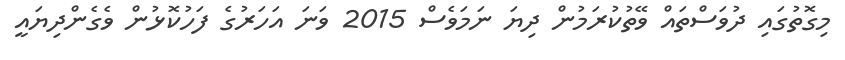
މިގޮތުގައި ދުވަސްތައް ވޭތުކުރަމުން ދިޔަ ނަމަވެސް 2015 ވަނަ އަހަރުގެ ފަހުކޮޅުން ވެގެންދިޔައީ